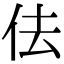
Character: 佉